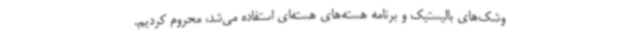
وشک‌های بالیستیک و برنامه هسته‌های هسته‌ای استفاده می‌شد، محروم کردیم.